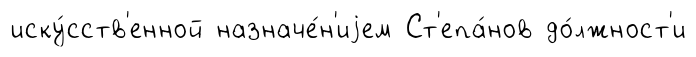
иску́сств'енной назначе́н'иjем Ст'епа́нов до́лжност'и